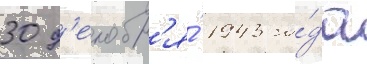
30 д'екабр'я́ 1943 го́да